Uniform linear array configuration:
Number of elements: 48
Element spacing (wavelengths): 0.25
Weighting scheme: uniform
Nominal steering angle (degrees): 30
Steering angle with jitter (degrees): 29.105
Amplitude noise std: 0.05
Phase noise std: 0.05

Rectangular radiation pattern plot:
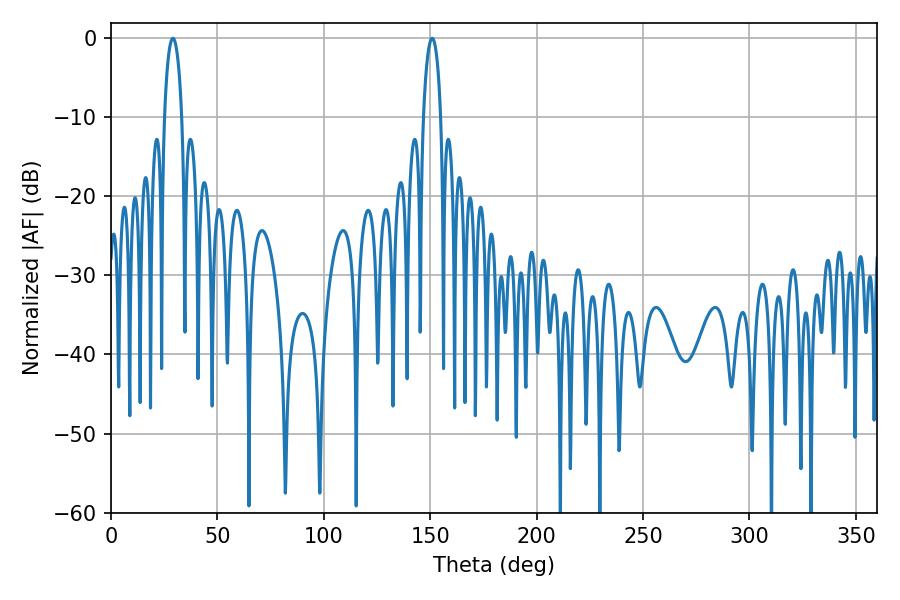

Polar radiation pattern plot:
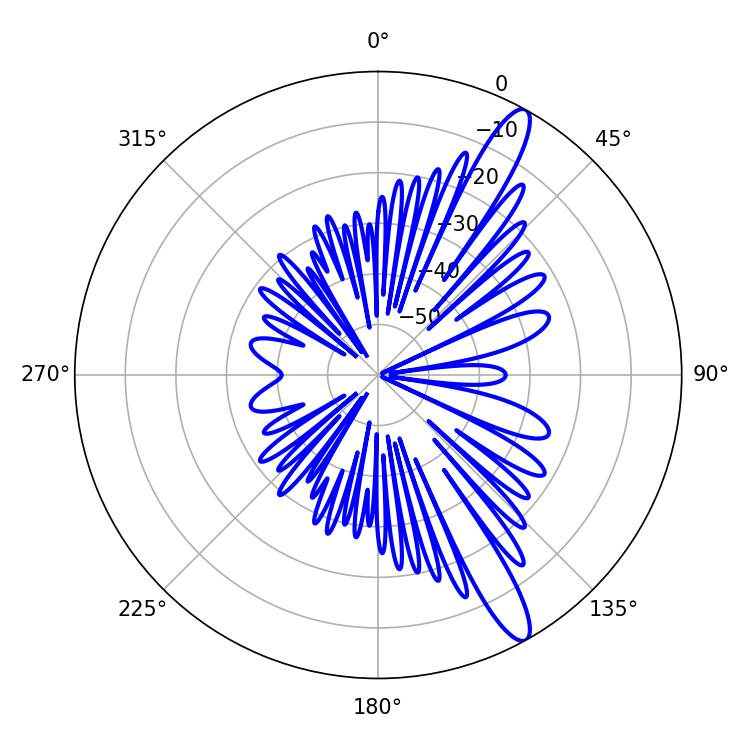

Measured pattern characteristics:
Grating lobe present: FALSE
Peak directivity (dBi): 13.344
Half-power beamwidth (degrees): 4.68
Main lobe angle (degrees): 29.16